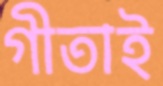
গীতাই